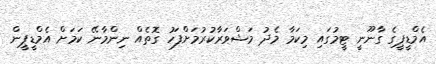
އެމްޑީޕީގެ ގާނޫނީ ޓީމުގައި މިކަމާ މެދު މަޝްވަރާކުރުމަށްފަހު ގޮތެއް ނިންމާނޭ ކަމަށް އެމްޑީޕީން